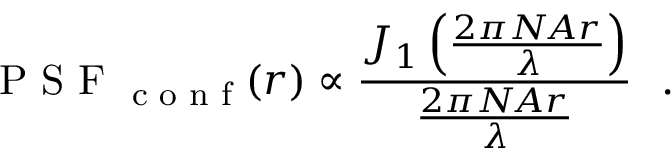
\textrm { P S F } _ { \textrm { c o n f } } ( r ) \propto \frac { J _ { 1 } \left( \frac { 2 \pi N \! A r } { \lambda } \right) } { \frac { 2 \pi N \! A r } { \lambda } } \ \ .